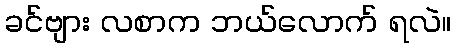
ခင်ဗျား လစာက ဘယ်လောက် ရလဲ။